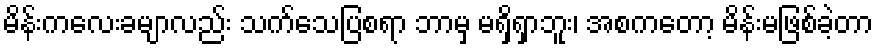
မိန်းကလေးခမျာလည်း သက်သေပြစရာ ဘာမှ မရှိရှာဘူး၊ အစကတော့ မိန်းမဖြစ်ခဲ့တာ